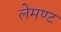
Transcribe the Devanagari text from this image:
लेमण्ट